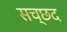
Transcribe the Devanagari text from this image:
सच्छद